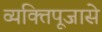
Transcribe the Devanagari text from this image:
व्यक्तिपूजासे